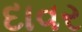
દાવર